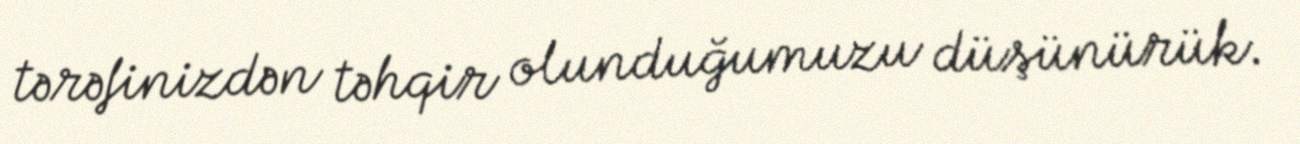
tərəfinizdən təhqir olunduğumuzu düşünürük.